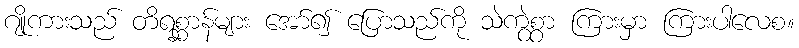
ဂျိုကားသည် တိရစ္ဆာန်များ အော်၍ ပြောသည်ကို သဲကွဲစွာ ကြားမှာ ကြားပါလေစ။